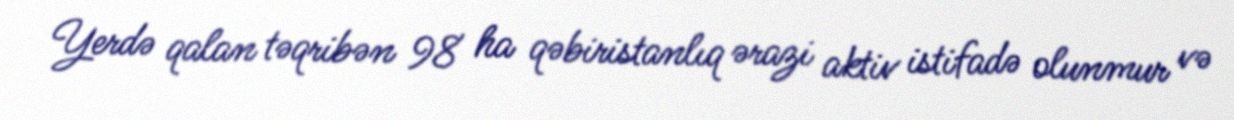
Yerdə qalan təqribən 98 ha qəbiristanlıq ərazi aktiv istifadə olunmur və